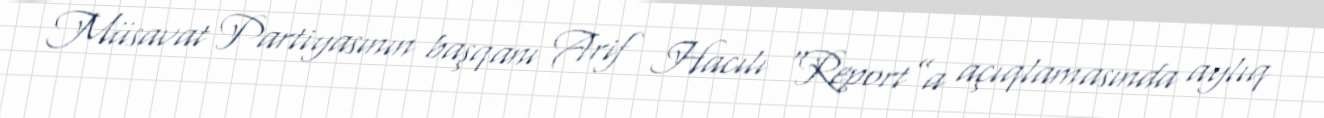
Müsavat Partiyasının başqanı Arif Hacılı “Report”a açıqlamasında aylıq